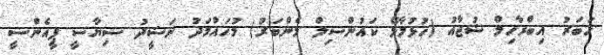
ހަބަރު އިބްރާހިމް ޝުޖާއު (ހުޅުމާޅޭ ކައުންސިލް މެންބަރު) މުހައްމަދު ނަޝީދު ސިޔާސީ ޕީއެންސީ